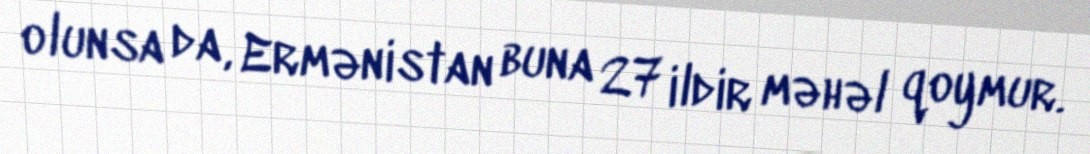
olunsa da, Ermənistan buna 27 ildir məhəl qoymur.